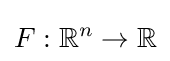
F:\mathbb {R} ^{n}\to \mathbb {R}